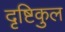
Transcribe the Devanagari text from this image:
दृष्टिकुल